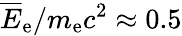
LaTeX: \overline{E}_{\mathrm{e}}/m_{\mathrm{e}}c^{2}\approx 0.5